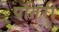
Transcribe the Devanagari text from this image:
पतिरी